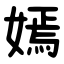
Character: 嫣